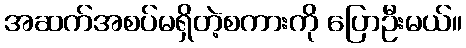
အဆက်အစပ်မရှိတဲ့စကားကို ပြောဦးမယ်။